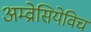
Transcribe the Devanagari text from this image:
अम्व्रोसियेविच